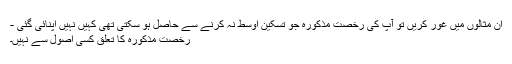
ان مثالوں میں غور کریں تو آپ کی رخصتِ مذکورہ جو تسکینِ اوسط نہ کرنے سے حاصل ہو سکتی تھی کہیں نہیں اپنائی گئی -
رخصتِ مذکورہ کا تعلق کسی اصول سے نہیں۔